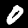
Digit: 0